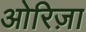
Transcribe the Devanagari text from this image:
ओरिज़ा